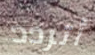
أتردد